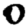
Digit: 0